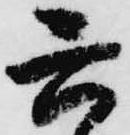
六